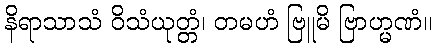
နိရာသာသံ ဝိသံယုတ္တံ၊ တမဟံ ဗြူမိ ဗြာဟ္မဏံ။